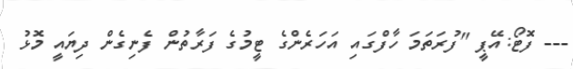
--- ފޮޓޯ:އޭޕީ "ފުރަތަމަ ހާފްގައި އަހަރެންގެ ޓީމުގެ ފަރާތުން ފެނިގެން ދިޔައީ މޮޅު